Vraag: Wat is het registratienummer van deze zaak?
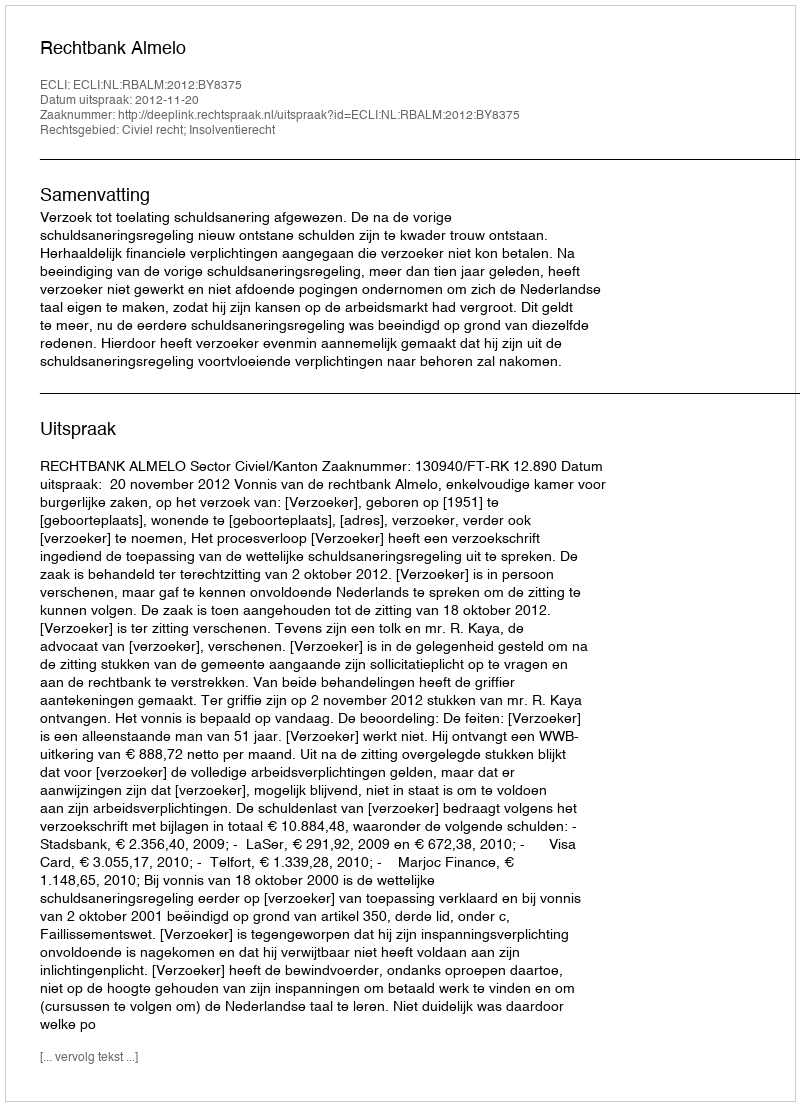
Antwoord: http://deeplink.rechtspraak.nl/uitspraak?id=ECLI:NL:RBALM:2012:BY8375